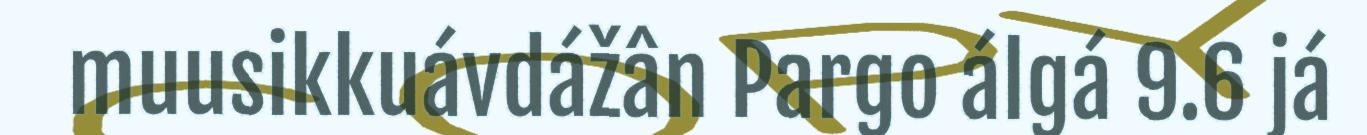
muusikkuávdážân Pargo álgá 9.6 já